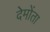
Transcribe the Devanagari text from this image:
देमोंता